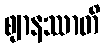
ဈာနဿာတိ